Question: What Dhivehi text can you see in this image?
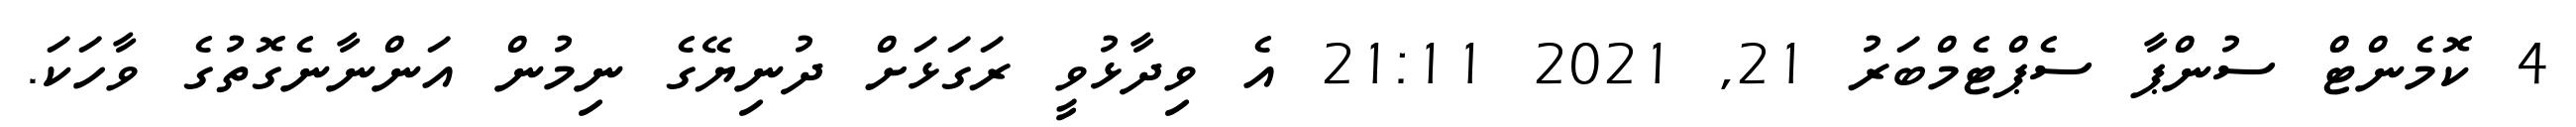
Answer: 4 ކޮމެންޓް ސުންޕާ ސެޕްޓެމްބަރު 21, 2021 21:11 އެ ވިދާޅުވީ ރަގަޅަށް ދުނިޔޭގެ ނިމުން އަންނާނެގޮތުގެ ވާހަކަ.